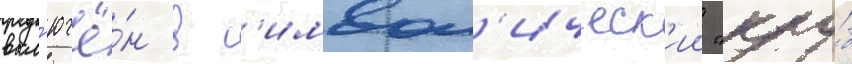
вкл'ючё́н в с'имвол'ическ'ии "клу́б